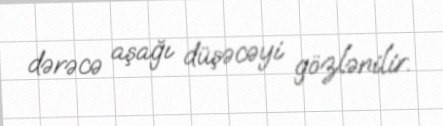
dərəcə aşağı düşəcəyi gözlənilir.